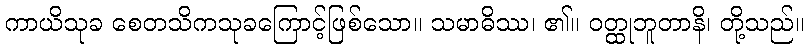
ကာယိသုခ စေတသိကသုခကြောင့်ဖြစ်သော။ သမာဓိဿ၊ ၏။ ဝတ္ထုဘူတာနိ၊ တို့သည်။